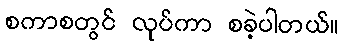
စကာစတွင် လုပ်ကာ စခဲ့ပါတယ်။